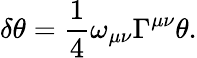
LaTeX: \delta\theta=\frac 14\omega_{\mu\nu}\Gamma^{\mu\nu}\theta.